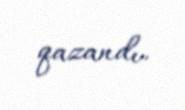
qazandı.